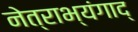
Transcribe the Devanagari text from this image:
नेत्राभ्यंगाद्